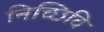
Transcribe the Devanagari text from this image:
निच्छिवि